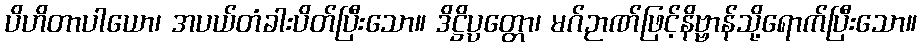
ပိဟိတာပါယော၊ အပယ်တံခါးပိတ်ပြီးသော။ ဒိဋ္ဌိပ္ပတ္တော၊ မဂ်ဉာဏ်ဖြင့်နိဗ္ဗာန်သို့ရောက်ပြီးသော။